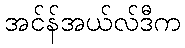
အင်န်အယ်လ်ဒီက